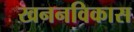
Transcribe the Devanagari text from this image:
खननविकास